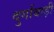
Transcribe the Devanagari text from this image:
दुर्गाबाड़ी